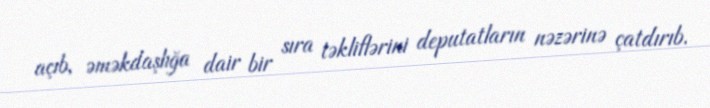
açıb, əməkdaşlığa dair bir sıra təkliflərini deputatların nəzərinə çatdırıb.